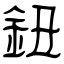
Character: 鈕